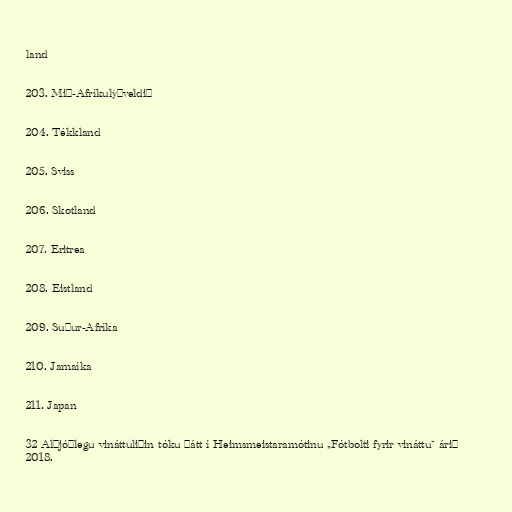
land

203. Mið-Afríkulýðveldið

204. Tékkland

205. Sviss

206. Skotland

207. Eritrea

208. Eistland

209. Suður-Afríka

210. Jamaíka

211. Japan

32 Alþjóðlegu vináttuliðin tóku þátt í Heimsmeistaramótinu „Fótbolti fyrir vináttu“ árið
2018.